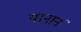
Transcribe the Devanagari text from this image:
यानानं